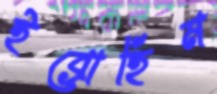
ইব্রোহিম